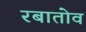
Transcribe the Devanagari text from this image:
रबातोव